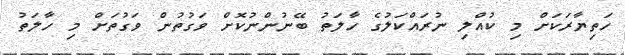
ހަތިޔާރަކަށް މި ކުއްލި ނުރައްކަލުގެ ހާލަތު ބޭނުންނުކޮށް ވަގުތުން ވަގުތަށް މި ހާލަތު